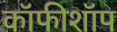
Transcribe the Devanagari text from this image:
कॉफीशॉप